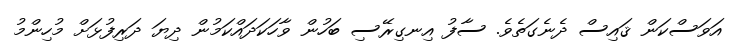
އަވަސްކަން ޤައިސް ދެނެގަތެވެ. ސާފު އިނގިރޭސި ބަހުން ވާހަކަދައްކަމުން ދިޔަ ދަރިފުޅަށް މުހިންމު